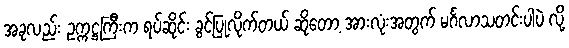
အခုလည်း ဥက္ကဋ္ဌကြီးက ရပ်ဆိုင်း ခွင့်ပြုလိုက်တယ် ဆိုတော့ အားလုံးအတွက် မင်္ဂလာသတင်းပါပဲ လို့